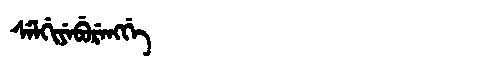
Manchu: ᠰᡝᠯᡤᡳᠶᡝᠪᡠᡵᡝᠩᡤᡝ
Romanization: SELGIYEBURENGGE